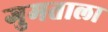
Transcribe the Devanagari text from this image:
गुमताला